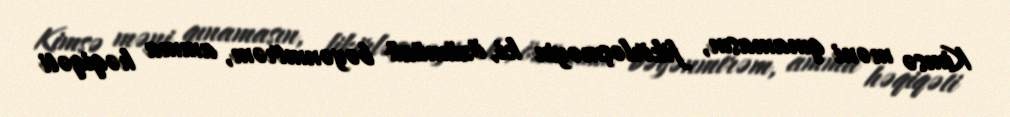
Kimsə məni qınamasın, fikirləşməyin ki, özümüzü bəyənmirəm, amma həqiqəti